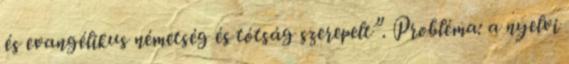
és evangélikus németség és tótság szerepelt”. Probléma: a nyelvi